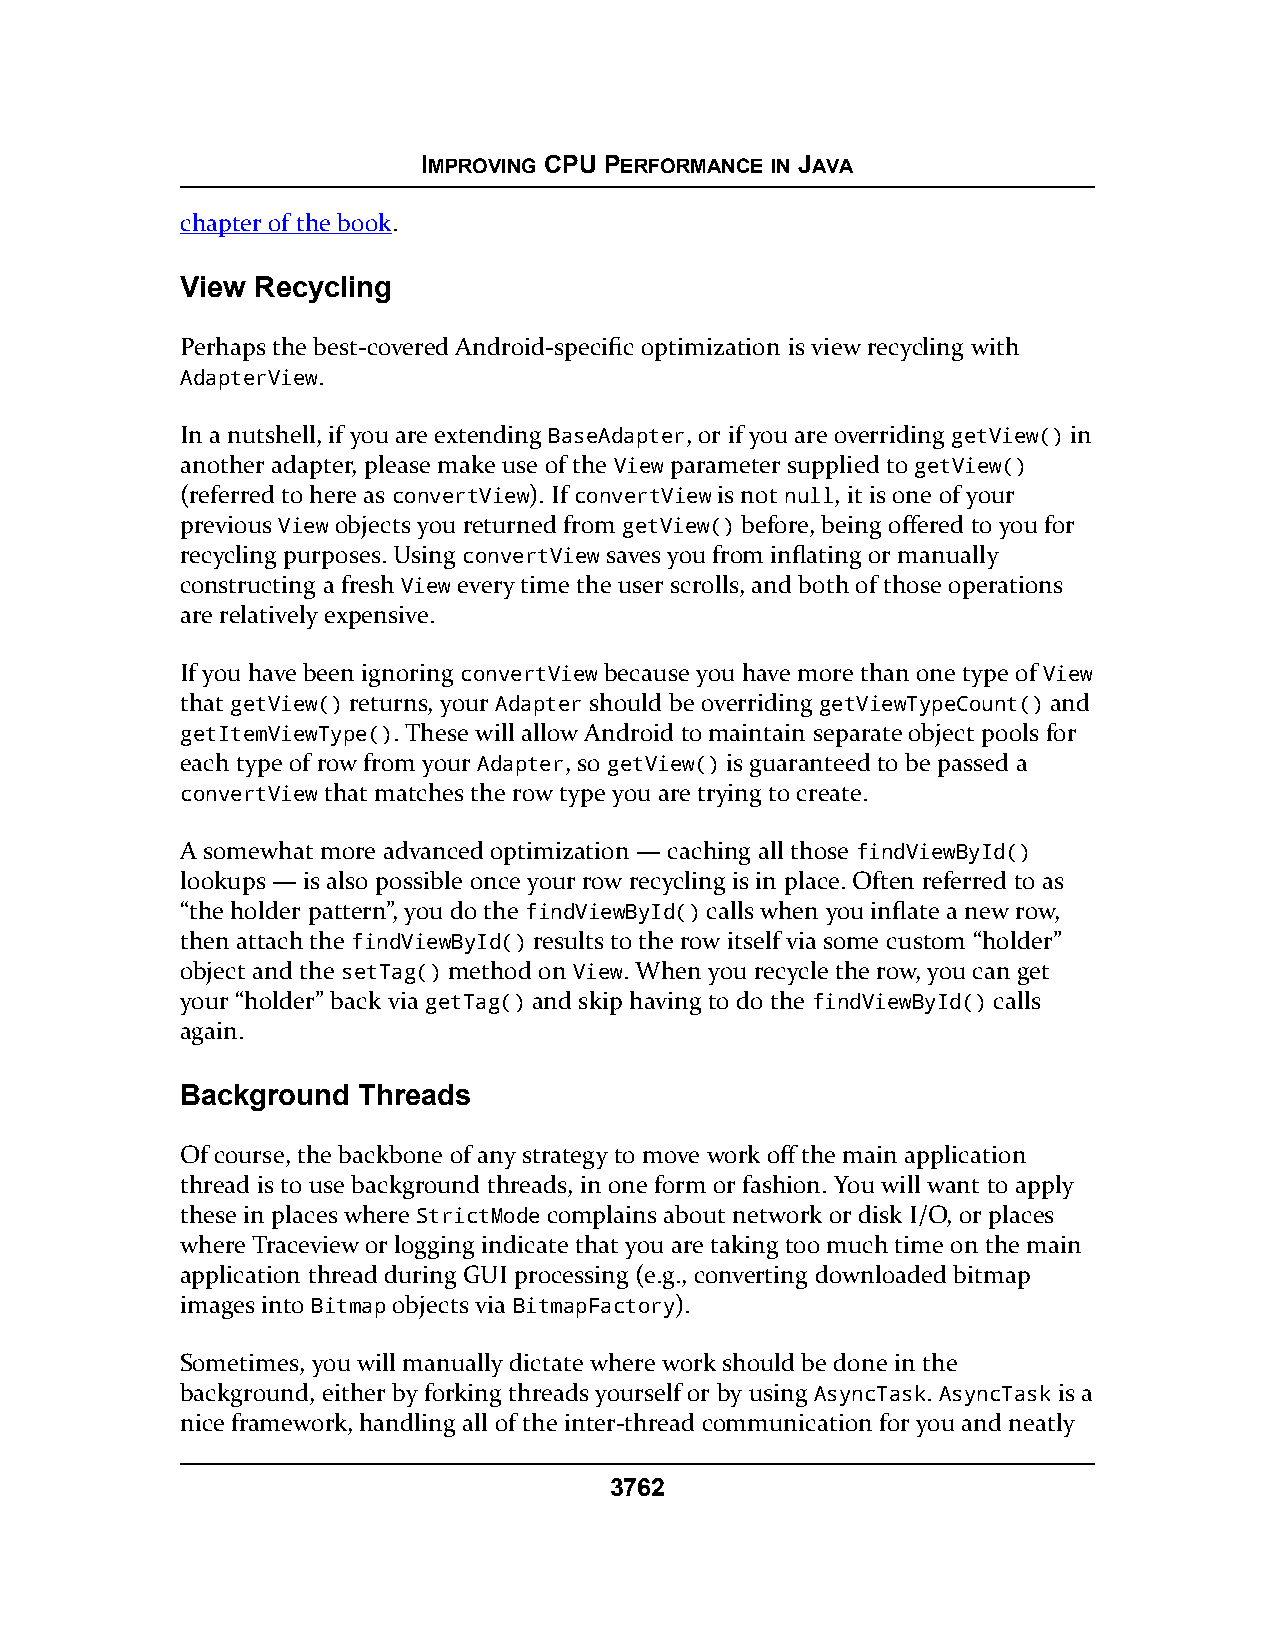
IMPROVING CPU PERFORMANCE IN JAVA
 chapter of the book.
 View Recycling
 Perhaps the best-covered Android-specific optimization is view recycling with
 AdapterView.
 In a nutshell, if you are extending BaseAdapter, or if you are overriding getView() in
 another adapter, please make use of the View parameter supplied to getView()
 (referred to here as convertView). If convertView is not null, it is one of your
 previous View objects you returned from getView() before, being offered to you for
 recycling purposes. Using convertView saves you from inflating or manually
 constructing a fresh View every time the user scrolls, and both of those operations
 are relatively expensive.
 If you have been ignoring convertView because you have more than one type of View
 that getView() returns, your Adapter should be overriding getViewTypeCount() and
 getItemViewType(). These will allow Android to maintain separate object pools for
 each type of row from your Adapter, so getView() is guaranteed to be passed a
 convertView that matches the row type you are trying to create.
 A somewhat more advanced optimization — caching all those findViewById()
 lookups — is also possible once your row recycling is in place. Often referred to as
 “the holder pattern”, you do the findViewById() calls when you inflate a new row,
 then attach the findViewById() results to the row itself via some custom “holder”
 object and the setTag() method on View. When you recycle the row, you can get
 your “holder” back via getTag() and skip having to do the findViewById() calls
 again.
 Background  Threads
 Of course, the backbone of any strategy to move work off the main application
 thread is to use background threads, in one form or fashion. You will want to apply
 these in places where StrictMode complains about network or disk I/O, or places
 where Traceview or logging indicate that you are taking too much time on the main
 application thread during GUI processing (e.g., converting downloaded bitmap
 images into Bitmap objects via BitmapFactory).
 Sometimes, you will manually dictate where work should be done in the
 background, either by forking threads yourself or by using AsyncTask. AsyncTask is a
 nice framework, handling all of the inter-thread communication for you and neatly
 3762